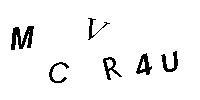
MCVR4U